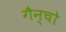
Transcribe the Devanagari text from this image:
गैन्चो